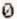
0